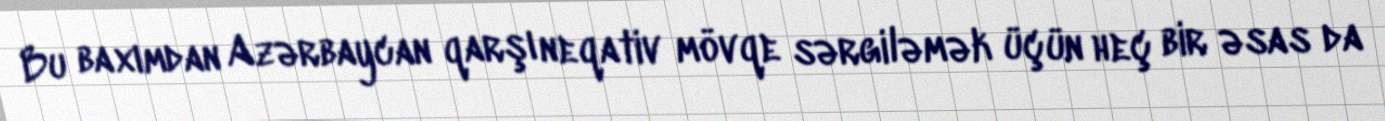
Bu baxımdan Azərbaycan qarşı neqativ mövqe sərgiləmək üçün heç bir əsas da